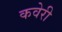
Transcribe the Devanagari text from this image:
कवेरी